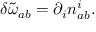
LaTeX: \delta \tilde { \omega } _ { a b } = \partial _ { i } n _ { a b } ^ { i } .